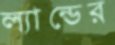
ল্যান্ডের